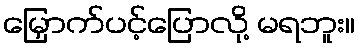
မြှောက်ပင့်ပြောလို့ မရဘူး။